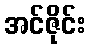
အင်ဇိုင်း